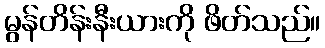
မွန်တိန်းနီးယားကို ဖိတ်သည်။